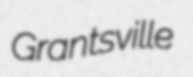
Grantsville